Report on sanitation, dispensaries, and jails in Rajputana for 1917, and on vaccination for the year 1917-1918 - 1917-1918
Year: 1917
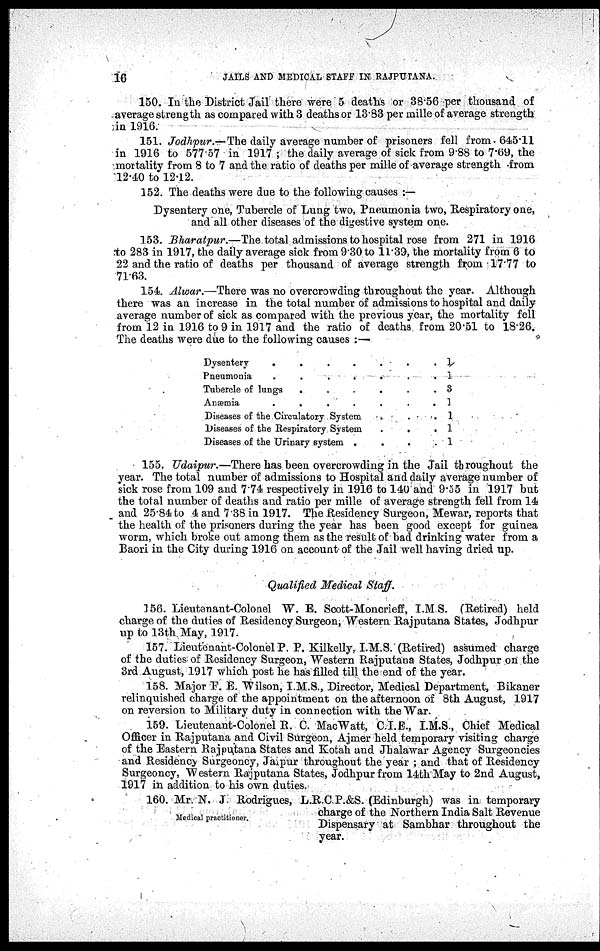
16
JAILS AND MEDICAL STAFF IN RAJPUTANA.
150. In the District Jail there were 5 deaths or 38.56 per thousand of
average strength as compared with 3 deaths or 13.83 per mille of average strength
in 1916.
151. Jodhpur.—The daily average number of prisoners fell from.645.11
in 1916 to 577.57 in 1917 ; the daily average of sick from 9.88 to 7.69, the
mortality from 8 to 7 and the ratio of deaths per mille of average strength from
12.40 to 12.12.
152. The deaths were due to the following causes :—
Dysentery one, Tubercle of Lung two, Pneumonia two, Respiratory one,
and all other diseases of the digestive system one.
153. Bharatpur.—The total admissions to hospital rose from 271 in 1916
to 283 in 1917, the daily average sick from 9.30 to 11.39, the mortality from 6 to
22 and the ratio of deaths per thousand of average strength from 17.77 to
71.63.
154. Alwar.—There was no overcrowding throughout the year. Although
there was an increase in the total number of admissions to hospital and daily
average number of sick as compared with the previous year, the mortality fell
from 12 in 1916 to 9 in 1917 and the ratio of deaths from 20.51 to 18.26.
The deaths were due to the following causes :—
Dysentery . . . . . . .
Pneumonia . . . . . . .
Tubercle of lungs
.
.
.
.
.
.
Anæmia . . . . . . .
Diseases of the Circulatory System . . .
Diseases of the Respiratory System
.
.
.
Diseases of the Urinary system .
.
.
.
1
1
3
1
1
1
1
155. Udaipur.—There has been overcrowding in the Jail throughout the
year. The total number of admissions to Hospital and daily average number of
sick rose from 109 and 7.74 respectively in 1916 to 140 and 9.55 in 1917 but
the total number of deaths and ratio per mille of average strength fell from 14
and 25.84 to 4 and 7.38 in 1917. The Residency Surgeon, Mewar, reports that
the health of the prisoners during the year has been good except for guinea
worm, which broke out among them as the result of bad drinking water from a
Baori in the City during 1916 on account of the Jail well having dried up.
Qualified Medical Staff.
156. Lieutenant-Colonel W. E. Scott-Moncrieff, I.M.S. (Retired) held
charge of the duties of Residency Surgeon; Western Rajputana States, Jodhpur
up to 13th May, 1917.
157. Lieutenant-Colonel P. P. Kilkelly, I.M.S. (Retired) assumed charge
of the duties of Residency Surgeon, "Western Rajputana States, Jodhpur on the
3rd August, 1917 which post he has filled till the end of the year.
158. Major F. E. Wilson, I.M.S., Director, Medical Department, Bikaner
relinquished charge of the appointment on the afternoon of 8th August, 1917
on reversion to Military duty in connection with the War.
159. Lieutenant-Colonel R. C. MacWatt, C I.E., I.M.S., Chief Medical
Officer in Rajputana and Civil Surgeon, Ajmer held temporary visiting charge
of the Eastern Rajputana States and Kotah and Jhalawar Agency Surgeoncies
and Residency Surgeoncy, Jaipur throughout the year ; and that of Residency
Surgeoncy, Western Rajputana States, Jodhpur from 14th May to 2nd August,
1917 in addition to his own duties.
Medical practitioner.
160. Mr. N. J. Rodrigues, L.R.C.P.&S. (Edinburgh) was in temporary
charge of the Northern India Salt Revenue
Dispensary at Sambhar throughout the
year.